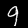
Digit: 9